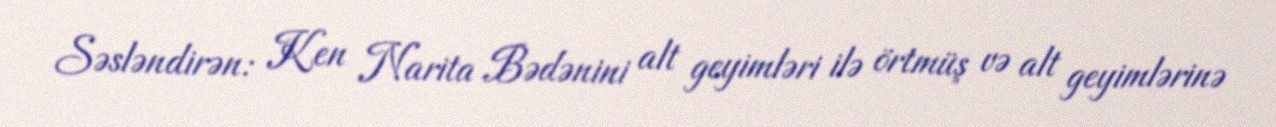
Səsləndirən: Ken Narita Bədənini alt geyimləri ilə örtmüş və alt geyimlərinə